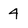
Character: 4